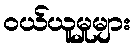
ဝယ်ယူမှုများ